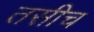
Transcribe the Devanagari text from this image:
तसीच